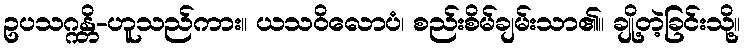
ဥပသဂ္ဂန္တိ-ဟူသည်ကား။ ယသဝိလောပံ၊ စည်းစိမ်ချမ်းသာ၏။ ချို့တဲ့ခြင်းသို့။